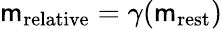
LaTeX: \mathsf{m}_{\mathrm{{relative}}}=\gamma(\mathsf{m}_{\mathrm{{rest}}})